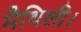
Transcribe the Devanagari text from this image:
मैथिली।